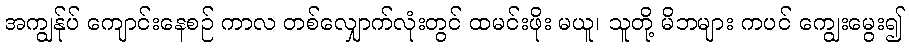
အကျွန်ုပ် ကျောင်းနေစဉ် ကာလ တစ်လျှောက်လုံးတွင် ထမင်းဖိုး မယူ၊ သူတို့ မိဘများ ကပင် ကျွေးမွေး၍